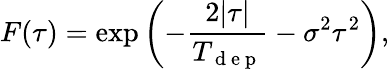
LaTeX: F(\tau)=\exp\left(-\frac{2|\tau|}{T_{\mathrm{~d~e~p~}}}-\sigma^{2}\tau^{2}\right),